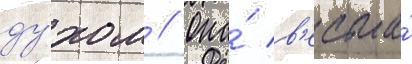
ду́хом // Она́ в'есьма́